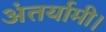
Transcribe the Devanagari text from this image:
अंतर्यामी।